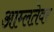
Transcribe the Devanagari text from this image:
आम्लतेवर